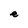
Character: e